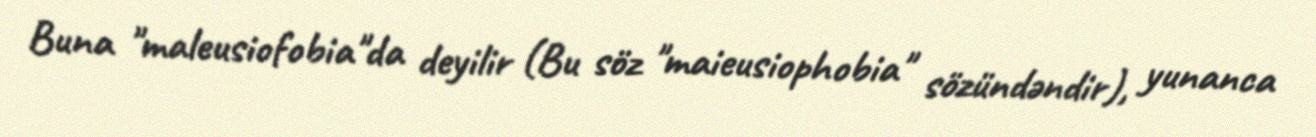
Buna "maleusiofobia"da deyilir (Bu söz "maieusiophobia" sözündəndir), yunanca